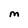
Character: m